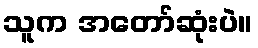
သူက အတော်ဆုံးပဲ။